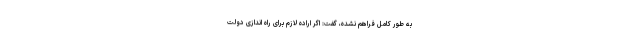
به طور کامل فراهم نشده، گفت: اگر اراده لازم برای راه اندازی دولت